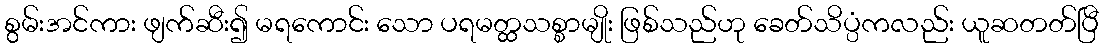
စွမ်းအင်ကား ဖျက်ဆီး၍ မရကောင်း သော ပရမတ္ထသစ္စာမျိုး ဖြစ်သည်ဟု ခေတ်သိပ္ပံကလည်း ယူဆတတ်ပြီ